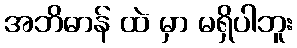
အဘိဓာန် ထဲ မှာ မရှိပါဘူး